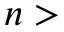
n >